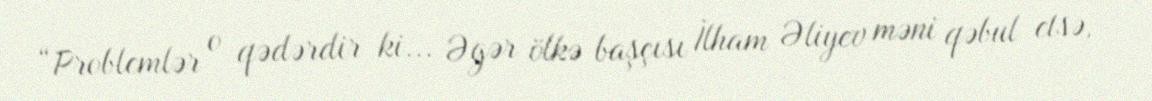
“Problemlər o qədərdir ki... Əgər ölkə başçısı İlham Əliyev məni qəbul etsə,